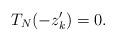
LaTeX: \begin{align*}T_{N}(-z'_k)=0.\end{align*}